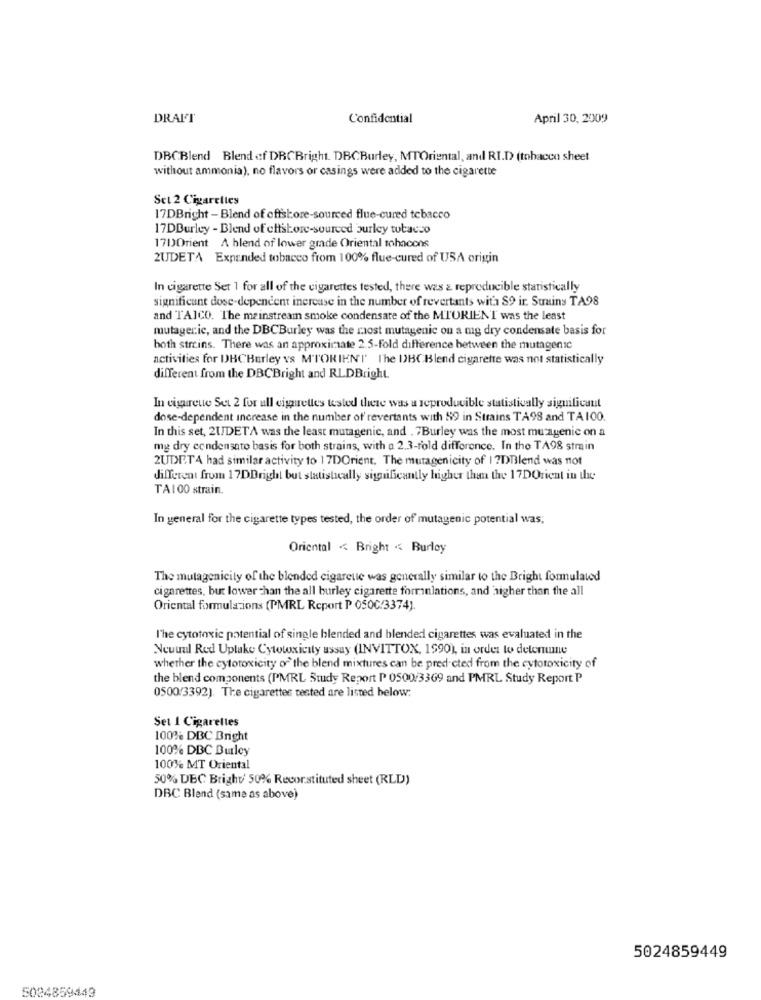
DRAFT
Confidential
April 30, 2009
DBCBlend Blend of DRCBright. DBCBurley, MTOriental, and RI.D) (tobacco sheet
without ammonia), no flavors or casings were added to the cigarette
Sct 2 Cigarelles
17DBright - Blend of offshore-sourced flue-cured tebacco
17DBurley - Blend of chtstore-sourced burley tobacco
170Orient A blend of lower grade Oriental tohacons
2UDETA Expanded tobacco from 100% flue-cured of USA origin
In cigarette Set 1 for all of the cigarettes tested, there was & reproducible statistically
significant dose-dependent inercase in the number of revertants witha $9 ir. Strains TA98
and TAICO. The mainstream smoke condensate of the MTORIENT was the least
mutager.ic, and the DBCBurley was the most mutagenic ou a mig dry condensate basis for
both streins. There was an approximate 2.5-fold difference between the mutagenic
activities for DBCBurley vs M'TORIEN'I' The DBCBlend cigarette was not statistically
different from the DBCBright and RLDBright.
In cigarette Set 2 for all cigarettes tested there was a reproducible statistically significant
dose-dependent increase in the number of revertants with 89 in Strains TA98 and TA 100.
In this set, 21DETA was the least mutagenic, and . 7Burley was the most mutagenic on a
mg dry condensato basis for both strains, with a 2.3-fold difference. In the TA98 strain
2UDITA had similar activity to 17DOrient. The mutagenicity of | ?DBlend was not
different from 17DDright but statistically significantly higher than the 17DOrient in the
TA100 strain.
In general for the cigarette types tested, the order of mutagenic potential was,
Oriental < Bright << Burley
The mutagenicity of the blended cigarette was generally similar to the Bright formulated
cigarettes, but lower than the all burley cigarette forminlations, and 'higher than the all
Oriental formulations (PMRL Report P 050C/3374).
l'he cytotoxic potential of single blended and blended cigarettes was evaluated in the
Neuuul Red Uplake Cytotoxicity assay (INVITTOX, 1990), in order to detemuune
whether the cytotoxicity of the blend mixtures can be predicted from the cytotoxicity of
the blend components (PMRL Study Report P 0500/3369 and PMRL Study Report P
0500/3392). The cigarettes tested are listed below:
Set 1 Cigarettes
100% DBC Bright
100% DBC Burley
100% MT Oriental
50% DBC Bright' 50% Recorstituted sheet (RLD))
DBC Bland (same as above)
5024859449
5024859449